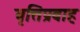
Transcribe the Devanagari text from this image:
वृत्तिप्रवाह